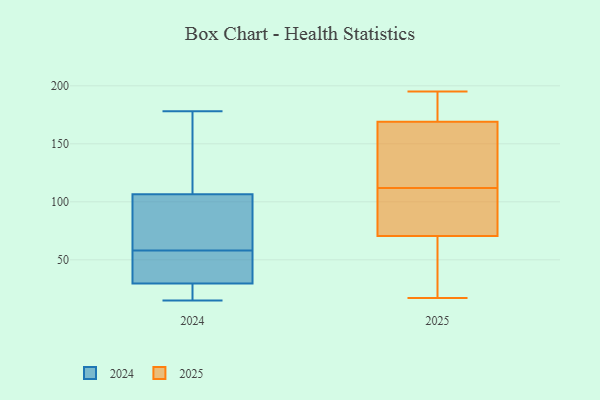
{"axis": {"x": "Gross Profit (USD K)", "y": "Value"}, "legend": ["2024", "2025"], "data": [{"x": "", "y": 43, "type": "2024"}, {"x": "", "y": 158, "type": "2024"}, {"x": "", "y": 25, "type": "2024"}, {"x": "", "y": 82, "type": "2024"}, {"x": "", "y": 15, "type": "2024"}, {"x": "", "y": 146, "type": "2024"}, {"x": "", "y": 58, "type": "2024"}, {"x": "", "y": 126, "type": "2024"}, {"x": "", "y": 23, "type": "2024"}, {"x": "", "y": 99, "type": "2024"}, {"x": "", "y": 35, "type": "2024"}, {"x": "", "y": 18, "type": "2024"}, {"x": "", "y": 178, "type": "2024"}, {"x": "", "y": 31, "type": "2024"}, {"x": "", "y": 100, "type": "2024"}, {"x": "", "y": 58, "type": "2024"}, {"x": "", "y": 71, "type": "2024"}, {"x": "", "y": 183, "type": "2025"}, {"x": "", "y": 112, "type": "2025"}, {"x": "", "y": 24, "type": "2025"}, {"x": "", "y": 137, "type": "2025"}, {"x": "", "y": 174, "type": "2025"}, {"x": "", "y": 92, "type": "2025"}, {"x": "", "y": 89, "type": "2025"}, {"x": "", "y": 180, "type": "2025"}, {"x": "", "y": 17, "type": "2025"}, {"x": "", "y": 195, "type": "2025"}, {"x": "", "y": 99, "type": "2025"}, {"x": "", "y": 65, "type": "2025"}, {"x": "", "y": 160, "type": "2025"}, {"x": "", "y": 54, "type": "2025"}, {"x": "", "y": 141, "type": "2025"}, {"x": "", "y": 52, "type": "2025"}, {"x": "", "y": 172, "type": "2025"}, {"x": "", "y": 87, "type": "2025"}, {"x": "", "y": 137, "type": "2025"}]}